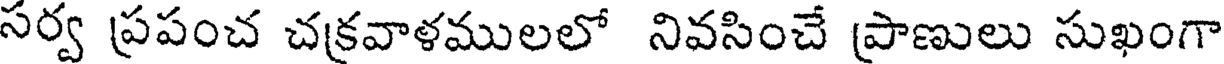
సర్వ ప్రపంచ చక్రవాళములలో నివసించే ప్రాణులు సుఖంగా